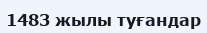
1483 жылы туғандар